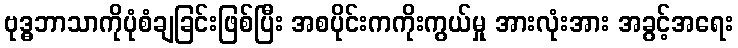
ဗုဒ္ဓဘာသာကိုပုံစံချခြင်းဖြစ်ပြီး အစပိုင်းကကိုးကွယ်မှု အားလုံးအား အခွင့်အရေး